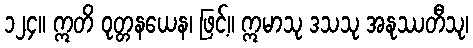
၁၂၄။ ဣတိ ဝုတ္တနယေန၊ ဖြင့်။ ဣမာသု ဒသသု အနုဿတီသု၊